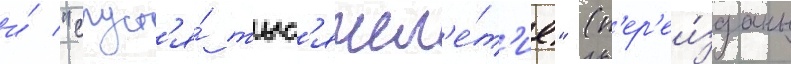
и́ "спуст'я́ тыс'ячел'е́т'ие" (п'ер'еи́зданы